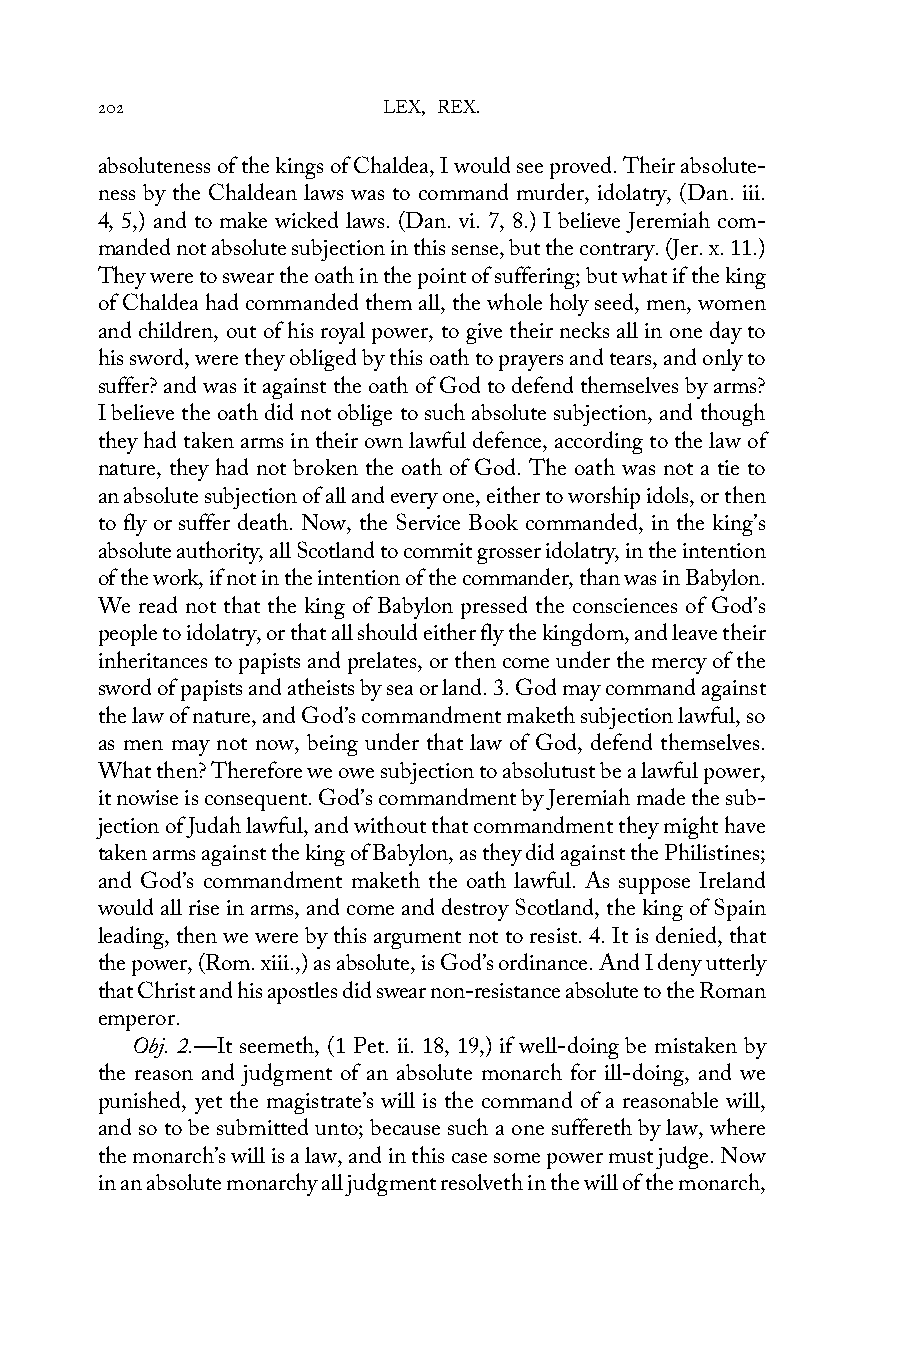
202                LEX, REX.
 absoluteness of the kings of Chaldea, I would see proved. Their absolute-
 ness by the Chaldean laws was to command murder, idolatry, (Dan. iii.
 4, 5,) and to make wicked laws. (Dan. vi. 7, 8.) I believe Jeremiah com-
 manded not absolute subjection in this sense, but the contrary. (Jer. x. 11.)
 They were to swear the oath in the point of suffering; but what if the king
 of Chaldea had commanded them all, the whole holy seed, men, women
 and children, out of his royal power, to give their necks all in one day to
 his sword, were they obliged by this oath to prayers and tears, and only to
 suffer? and was it against the oath of God to defend themselves by arms?
 I believe the oath did not oblige to such absolute subjection, and though
 they had taken arms in their own lawful defence, according to the law of
 nature, they had not broken the oath of God. The oath was not a tie to
 an absolute subjection of all and every one, either to worship idols, or then
 to fly or suffer death. Now, the Service Book commanded, in the king’s
 absolute authority, all Scotland to commit grosser idolatry, in the intention
 of the work, if not in the intention of the commander, than was in Babylon.
 We read not that the king of Babylon pressed the consciences of God’s
 people to idolatry, or that all should either fly the kingdom, and leave their
 inheritances to papists and prelates, or then come under the mercy of the
 sword of papists and atheists by sea or land. 3. God may command against
 the law of nature, and God’s commandment maketh subjection lawful, so
 as men may not now, being under that law of God, defend themselves.
 What then? Therefore we owe subjection to absolutust be a lawful power,
 it nowise is consequent. God’s commandment by Jeremiah made the sub-
 jection of Judah lawful, and without that commandment they might have
 taken arms against the king of Babylon, as they did against the Philistines;
 and God’s commandment maketh the oath lawful. As suppose Ireland
 would all rise in arms, and come and destroy Scotland, the king of Spain
 leading, then we were by this argument not to resist. 4. It is denied, that
 the power, (Rom. xiii.,) as absolute, is God’s ordinance. And I deny utterly
 that Christ and his apostles did swear non-resistance absolute to the Roman
 emperor.
 Obj. 2.—It seemeth, (1 Pet. ii. 18, 19,) if well-doing be mistaken by
 the reason and judgment of an absolute monarch for ill-doing, and we
 punished, yet the magistrate’s will is the command of a reasonable will,
 and so to be submitted unto; because such a one suffereth by law, where
 the monarch’s will is a law, and in this case some power must judge. Now
 in an absolute monarchy all judgment resolveth in the will of the monarch,